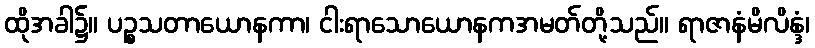
ထိုအခါ၌။ ပဉ္စသတာယောနကာ၊ ငါးရာသောယောနကအမတ်တို့သည်။ ရာဇာနံမိလိန္ဒံ၊